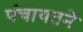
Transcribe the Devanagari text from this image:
पंचायतने